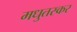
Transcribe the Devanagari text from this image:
मधुतस्कर